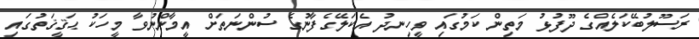
ރަސޫލުބޭކަލެއްގެ ދޫފުޅު މަތިން ކަމުގައި ވީހިނދު އެކަލޭގެފާނުގެ ސުންނަތަށް އީމާންނުވާ މީހަކު ޙަޤީޤަތުގައި